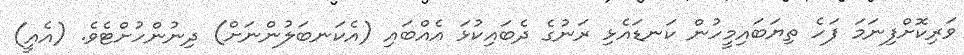
ވަރިކޮށްފިނަމަ ފަހެ ތިޔަބައިމީހުން ކަނޑައެޅި ރަނުގެ ދެބައިކުޅަ އެއްބައި (އެކަނބަލުންނަށް) ދިނުންހުށްޓެވެ. (އެއީ)